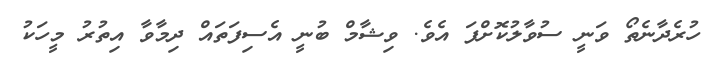
ހުރެދާނެތޯ ވަނީ ސުވާލުކޮށްފަ އެވެ. ވިޝާމް ބުނީ އެސިފަތައް ދިމާވާ އިތުރު މީހަކު